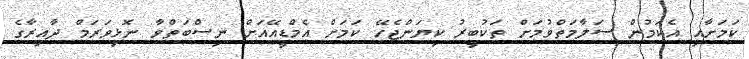
ކަމަށާއި އެކަމުން ސަލާމަތްވުމަށް ތަކުބީރު ކިޔަންޖެހޭ ކަމަށް އެމްޑީއޭއަށް ނިސްބަތްވާ ނޮޅިވަރަމް ދާއިރާގެ